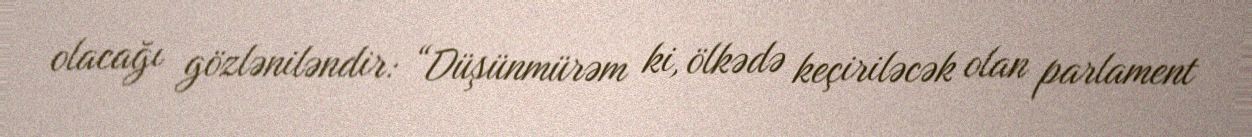
olacağı gözləniləndir: “Düşünmürəm ki, ölkədə keçiriləcək olan parlament